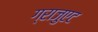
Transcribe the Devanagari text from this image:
ग्राजुएट